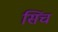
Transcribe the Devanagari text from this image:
सिंच